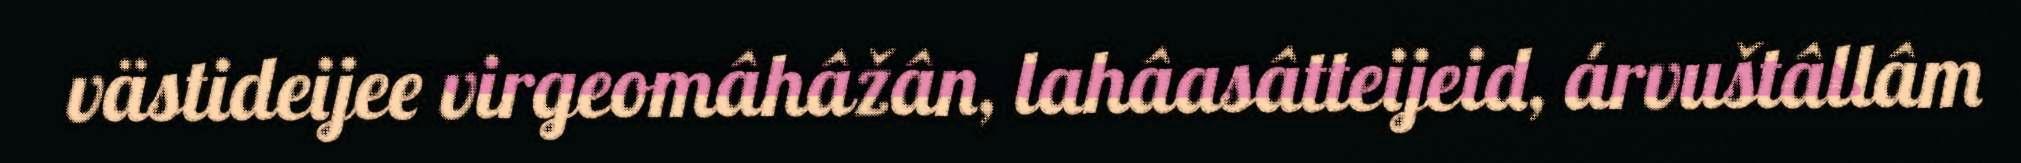
västideijee virgeomâhâžân, lahâasâtteijeid, árvuštâllâm